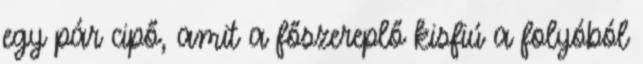
egy pár cipő, amit a főszereplő kisfiú a folyóból